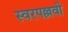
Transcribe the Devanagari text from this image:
स्वरपल्लवी